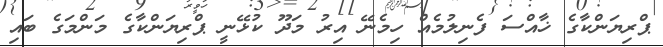
ޕްރިޔަންކާގެ ޚާއްސަ ފެނިލުމެއް ހިމެނޭ އިރު މަދޫ ކުޅޭނީ ޕްރިޔަންކާގެ މަންމަގެ ބައި